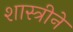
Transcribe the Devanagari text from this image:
शास्त्रीने